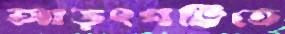
আড়ৎপট্টিতে